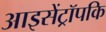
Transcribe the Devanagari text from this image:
आइसेंट्रॉपकि